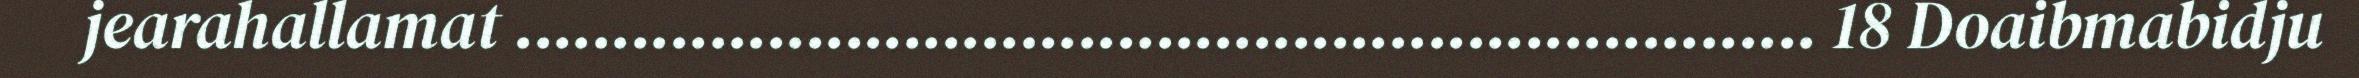
jearahallamat ................................................................... 18 Doaibmabidju